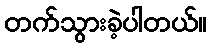
တက်သွားခဲ့ပါတယ်။